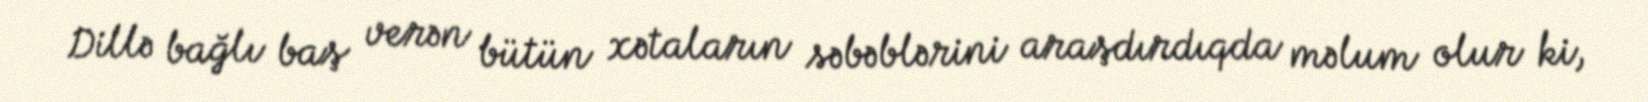
Dillə bağlı baş verən bütün xətaların səbəblərini araşdırdıqda məlum olur ki,